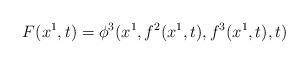
LaTeX: \begin{align*}F(x^1,t)=\phi ^3(x^1,f^2(x^1,t),f^3(x^1,t),t)\end{align*}